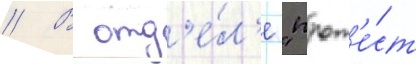
// В отд'е́л'е "прот'е́ст